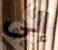
إلى